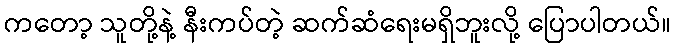
ကတော့ သူတို့နဲ့ နီးကပ်တဲ့ ဆက်ဆံရေးမရှိဘူးလို့ ပြောပါတယ်။